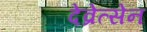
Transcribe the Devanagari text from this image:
देव्रेत्सेन